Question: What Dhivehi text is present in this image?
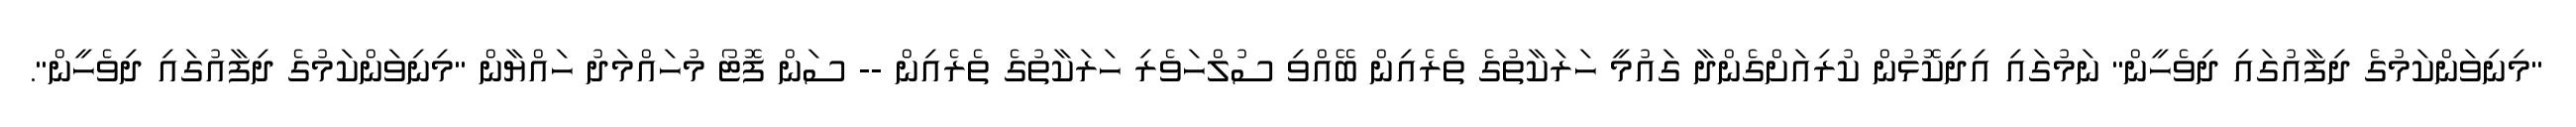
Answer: "މިނިވަންކަމުގެ ދިފާއުގައި ދިވެހީން" ނަމުގައި އިދިކޮޅުން ކުރިއަށްގެންދާ ގައުމީ ހަރަކާތުގެ ތެރެއިން ބޭއްވި ސުލްހަވެރި ހަރަކާތުގެ ތެރެއިން -- ސަން ފޮޓޯ މުހައްމަދު ހައްޔާން "މިނިވަންކަމުގެ ދިފާއުގައި ދިވެހީން".